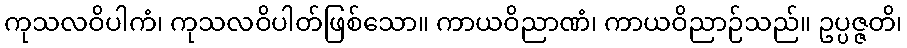
ကုသလဝိပါကံ၊ ကုသလဝိပါတ်ဖြစ်သော။ ကာယဝိညာဏံ၊ ကာယဝိညာဉ်သည်။ ဥပ္ပဇ္ဇတိ၊